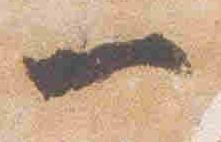
一